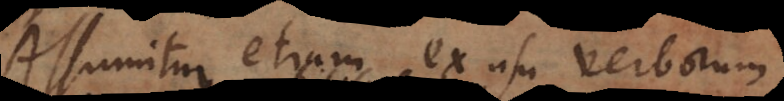
Assumitur etiam ex usu verborum